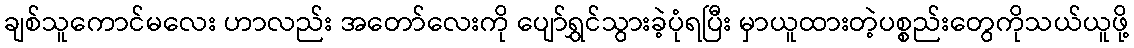
ချစ်သူကောင်မလေး ဟာလည်း အတော်လေးကို ပျော်ရွှင်သွားခဲ့ပုံရပြီး မှာယူထားတဲ့ပစ္စည်းတွေကိုသယ်ယူဖို့